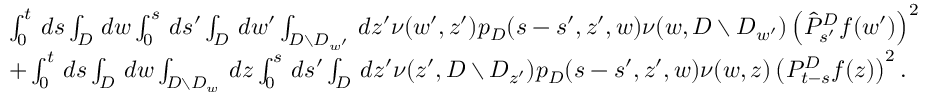
\begin{array} { r l } & { \int _ { 0 } ^ { t } \, d s \int _ { D } \, d w \int _ { 0 } ^ { s } \, d s ^ { \prime } \int _ { D } \, d w ^ { \prime } \int _ { D \setminus D _ { w ^ { \prime } } } \, d z ^ { \prime } \nu ( w ^ { \prime } , z ^ { \prime } ) p _ { D } ( s - s ^ { \prime } , z ^ { \prime } , w ) \nu ( w , D \setminus D _ { w ^ { \prime } } ) \left( \hat { P } _ { s ^ { \prime } } ^ { D } f ( w ^ { \prime } ) \right) ^ { 2 } } \\ & { + \int _ { 0 } ^ { t } \, d s \int _ { D } \, d w \int _ { D \setminus D _ { w } } \, d z \int _ { 0 } ^ { s } \, d s ^ { \prime } \int _ { D } \, d z ^ { \prime } \nu ( z ^ { \prime } , D \setminus D _ { z ^ { \prime } } ) p _ { D } ( s - s ^ { \prime } , z ^ { \prime } , w ) \nu ( w , z ) \left( P _ { t - s } ^ { D } f ( z ) \right) ^ { 2 } . } \end{array}